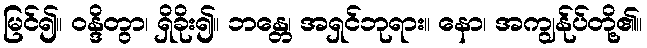
မြင်၍။ ဝန္ဒိတွာ၊ ရှိခိုး၍။ ဘန္တေ၊ အရှင်ဘုရား။ နော၊ အကျွန်ုပ်တို့၏။